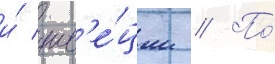
и́ шв'е́ции // По́